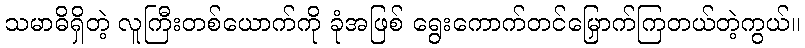
သမာဓိရှိတဲ့ လူကြီးတစ်ယောက်ကို ခုံအဖြစ် ရွေးကောက်တင်မြှောက်ကြတယ်တဲ့ကွယ်။